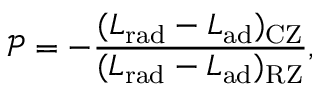
\mathcal { P } = - \frac { ( L _ { \mathrm { r a d } } - L _ { \mathrm { { a d } } } ) _ { \mathrm { C Z } } } { ( L _ { \mathrm { r a d } } - L _ { \mathrm { a d } } ) _ { \mathrm { R Z } } } ,